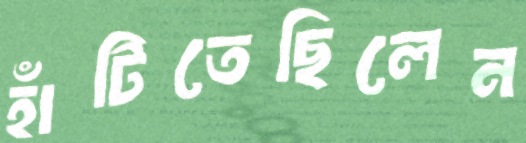
হাঁটিতেছিলেন